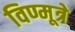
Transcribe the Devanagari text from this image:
विण्मूत्रे